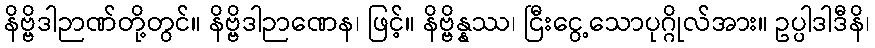
နိဗ္ဗိဒါဉာဏ်တို့တွင်။ နိဗ္ဗိဒါဉာဏေန၊ ဖြင့်။ နိဗ္ဗိန္နဿ၊ ငြီးငွေ့သောပုဂ္ဂိုလ်အား။ ဥပ္ပါဒါဒီနိ၊